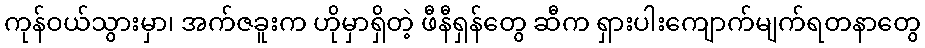
ကုန်ဝယ်သွားမှာ၊ အက်ဇခူးက ဟိုမှာရှိတဲ့ ဖီနီရှန်တွေ ဆီက ရှားပါးကျောက်မျက်ရတနာတွေ